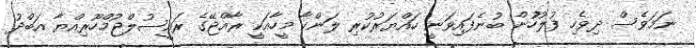
ނަމަވެސް ދިވެހި ފުލުހުުން ބުނެފައިވަނީ ހައްޔަރުކުރި ލަންކާ މީހާއަކީ ރާއްޖޭގެ ރައީސުލްޖުމްހޫރިއްޔާ އަބްދު